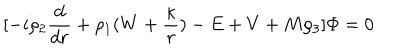
\lbrack - i \rho _ { 2 } { \frac { d } { d r } } + \rho _ { 1 } ( W + { \frac { \kappa } { r } } ) - E + V + M \rho _ { 3 } \rbrack \Phi = 0